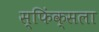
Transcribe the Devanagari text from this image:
स्फिंक्सला